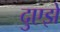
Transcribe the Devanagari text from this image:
दुएझे